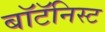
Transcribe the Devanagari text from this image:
बॉटॅनिस्ट